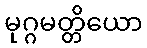
မုဂ္ဂမတ္တိယော